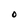
Character: O